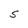
Character: S